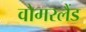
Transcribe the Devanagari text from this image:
वोगरलैंड